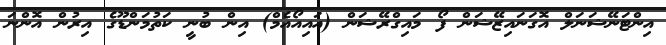
އިންޓަނޭޝަނަލް އޮގަނައިޒޭޝަން ފޯ މައިގްރޭޝަން (އައިއޯއެމް) އިން ބުނީ ކަތުމަންޑޫގެ އިރުން އޮންނަ